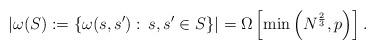
LaTeX: \begin{align*}|\omega(S) := \{\omega(s,s'):\,s,s'\in S\}| = \Omega\left[\min \left(N^{\frac{2}{3}},p\right)\right].\end{align*}